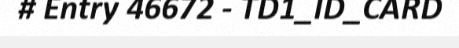
# Entry 46672 - TD1_ID_CARD